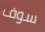
سوف